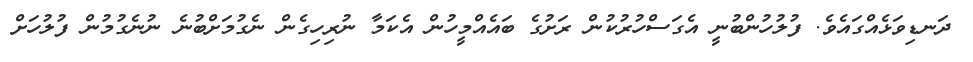
ދަނޑިވަޅެއްގައެވެ. ފުލުހުންބުނީ އެގަސްހުރުކުން ރަށުގެ ބައެއްމީހުން އެކަމާ ނުރިހިގެން ނެގުމަށްބުނެ ނުނެގުމުން ފުލުހަށް